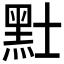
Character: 𪐢